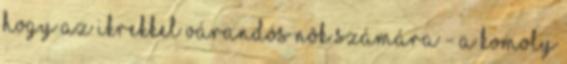
hogy az ikrekkel várandós nõk számára - a komoly